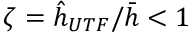
\zeta = \hat { h } _ { U T F } / \bar { h } < 1